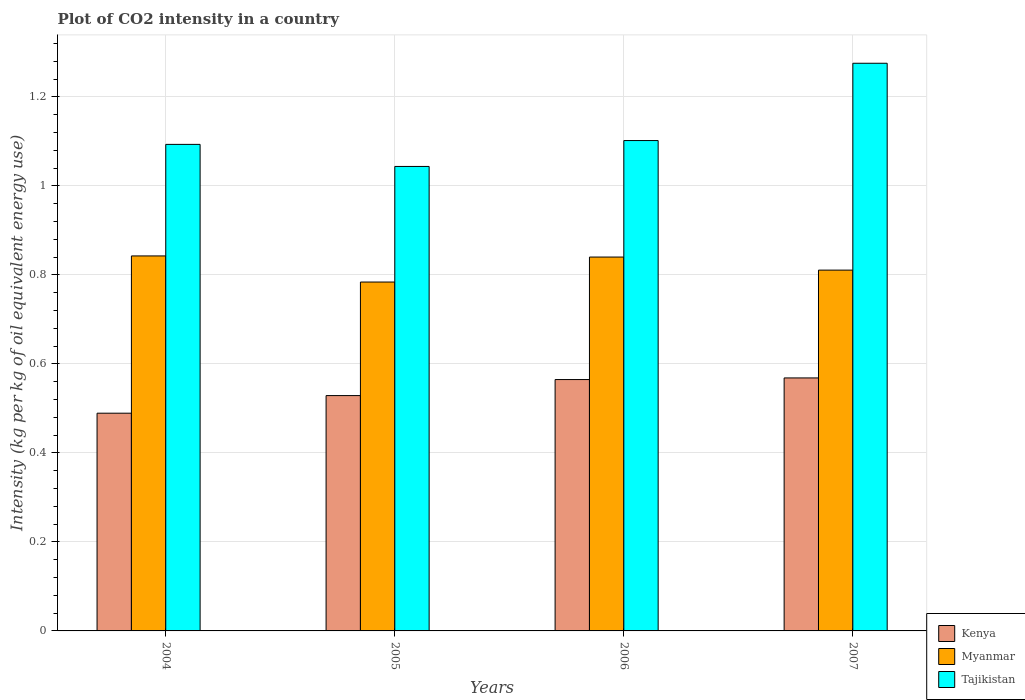
| Years | Kenya | Myanmar | Tajikistan |
 | --- | --- | --- | --- |
 | 2004 | 0.489 | 0.843 | 1.09 |
 | 2005 | 0.529 | 0.784 | 1.04 |
 | 2006 | 0.565 | 0.84 | 1.1 |
 | 2007 | 0.568 | 0.811 | 1.28 |